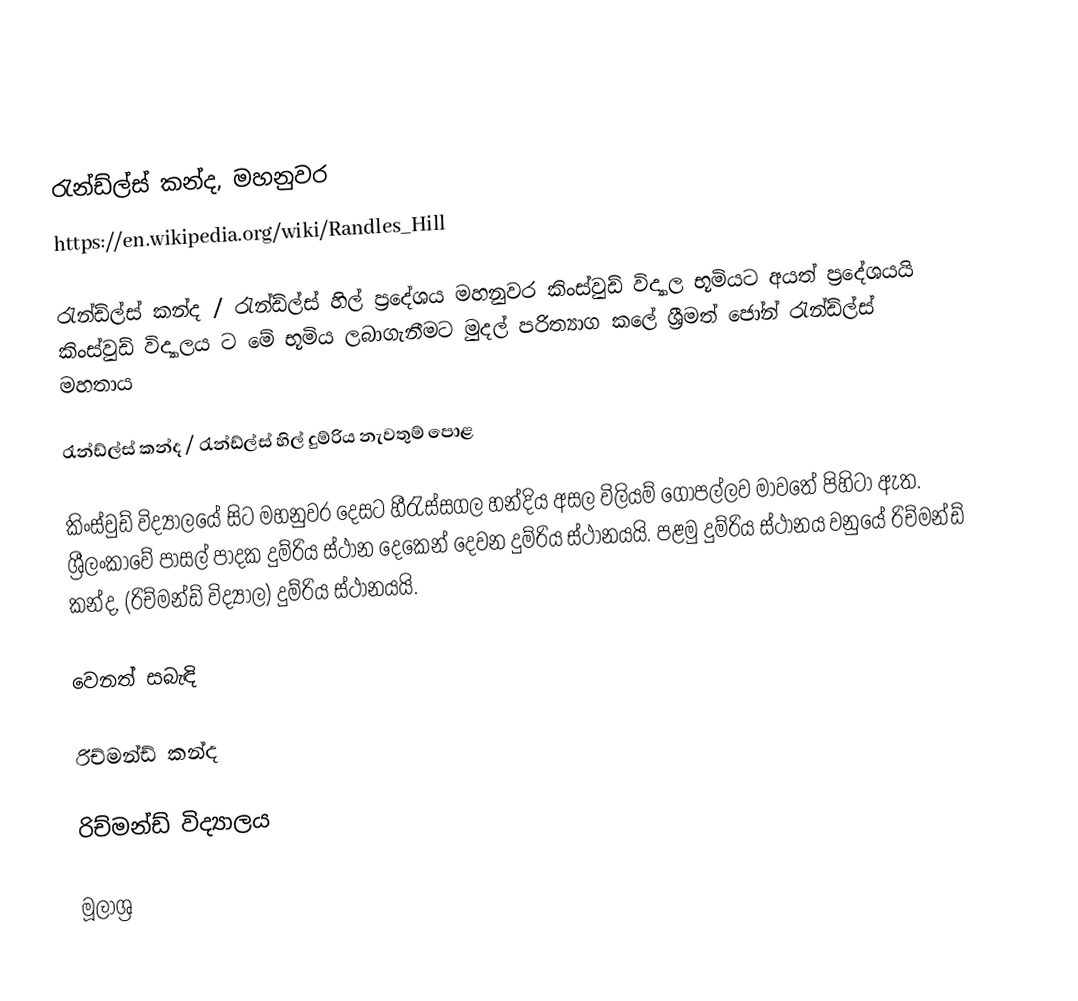

රැන්ඩ්ල්ස් කන්ද, මහනුවර
https://en.wikipedia.org/wiki/Randles_Hill

රැන්ඩ්ල්ස් කන්ද / රැන්ඩ්ල්ස් හිල් ප්‍රදේශය මහනුවර කිංස්වුඩ් විද්‍යාල භූමියට අයත් ප්‍රදේශයයි කිංස්වුඩ් විද්‍යාලය ට මේ භූමිය ලබාගැනීමට මුදල් පරිත්‍යාග කලේ  ශ්‍රීමත් ජෝන් රැන්ඩ්ල්ස් මහතාය

රැන්ඩ්ල්ස් කන්ද / රැන්ඩ්ල්ස් හිල් දුම්රිය නැවතුම් පොළ

කිංස්වුඩ් විද්‍යාලයේ සිට මහනුවර දෙසට හීරැස්සගල හන්දිය අසල විලියම් ගොපල්ලව මාවතේ පිහිටා ඇත. ශ්‍රීලංකාවේ පාසල් පාදක දුම්රිය ස්ථාන දෙකෙන් දෙවන දුම්රිය ස්ථානයයි. පළමු දුම්රිය ස්ථානය වනුයේ  රිච්මන්ඩ් කන්ද, (රිච්මන්ඩ් විද්‍යාල) දුම්රිය ස්ථානයයි.

වෙනත් සබැඳි

රිච්මන්ඩ් කන්ද

රිච්මන්ඩ් විද්‍යාලය

මූලාශ්‍ර